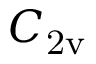
C _ { \mathrm { 2 v } }